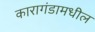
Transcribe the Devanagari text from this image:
कारागंडामधील